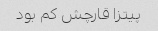
پیتزا قارچش کم بود